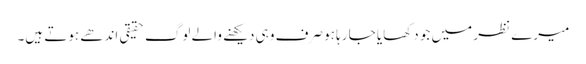
میرے نظر میں جو دکھایا جا رہا ہو صرف وہی دیکھنے والے لوگ حقیقی اندھے ہوتے ہیں۔